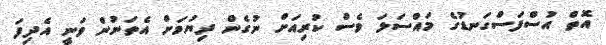
އޮތް އުސްފަސްގަނޑުގެ މައްސަލަ ވެސް ކުރިއަށް ނުގެން ދިޔުމަށް އެތަނުން ވަނީ އެދިފަ